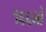
૧૬૬મો